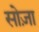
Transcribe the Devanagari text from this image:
सोज़ा